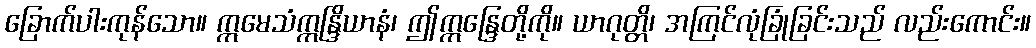
ခြောက်ပါးကုန်သော။ ဣမေသံဣန္ဒြိယာနံ၊ ဤဣန္ဒြေတို့ကို။ ယာဂုတ္တိ၊ အကြင်လုံခြုံခြင်းသည် လည်းကောင်း။